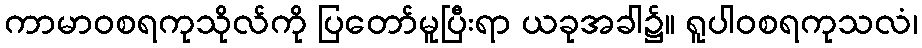
ကာမာဝစရကုသိုလ်ကို ပြတော်မူပြီးရာ ယခုအခါ၌။ ရူပါဝစရကုသလံ၊